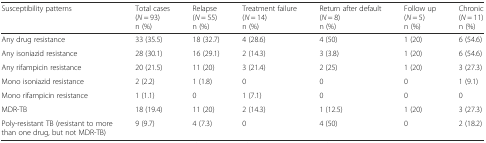
<table><thead><tr><td><b>Susceptibility patterns</b></td><td><b>Total cases (<i>N</i> = 93)n (%)</b></td><td><b>Relapse (<i>N</i> = 55)n (%)</b></td><td><b>Treatment failure (<i>N</i> = 14)n (%)</b></td><td><b>Return after default (<i>N</i> = 8)n (%)</b></td><td><b>Follow up (<i>N</i> = 5)n (%)</b></td><td><b>Chronic (<i>N</i> = 11)n (%)</b></td></tr></thead><tbody><tr><td>Any drug resistance</td><td>33 (35.5)</td><td>18 (32.7)</td><td>4 (28.6)</td><td>4 (50)</td><td>1 (20)</td><td>6 (54.6)</td></tr><tr><td>Any isoniazid resistance</td><td>28 (30.1)</td><td>16 (29.1)</td><td>2 (14.3)</td><td>3 (3.8)</td><td>1 (20)</td><td>6 (54.6)</td></tr><tr><td>Any rifampicin resistance</td><td>20 (21.5)</td><td>11 (20)</td><td>3 (21.4)</td><td>2 (25)</td><td>1 (20)</td><td>3 (27.3)</td></tr><tr><td>Mono isoniazid resistance</td><td>2 (2.2)</td><td>1 (1.8)</td><td>0</td><td>0</td><td>0</td><td>1 (9.1)</td></tr><tr><td>Mono rifampicin resistance</td><td>1 (1.1)</td><td>0</td><td>1 (7.1)</td><td>0</td><td>0</td><td>0</td></tr><tr><td>MDR-TB</td><td>18 (19.4)</td><td>11 (20)</td><td>2 (14.3)</td><td>1 (12.5)</td><td>1 (20)</td><td>3 (27.3)</td></tr><tr><td>Poly-resistant TB (resistant to more than one drug, but not MDR-TB)</td><td>9 (9.7)</td><td>4 (7.3)</td><td>0</td><td>4 (50)</td><td>0</td><td>2 (18.2)</td></tr></tbody></table>